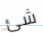
شئ